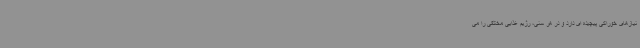
نیازهای خوراکی پیچیده ای دارد و در هر سنی، رژیم غذایی مختلفی را می